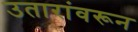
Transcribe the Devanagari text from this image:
उतारांवरून